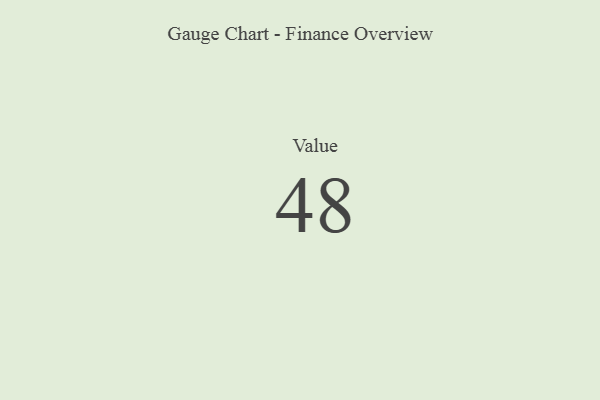
{"axis": {"x": "Metric", "y": "Value"}, "legend": [""], "data": [{"x": "Value", "y": 48, "type": ""}]}